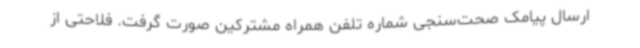
ارسال پیامک صحت‌سنجی شماره تلفن همراه مشترکین صورت گرفت. فلاحتی از